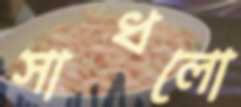
সাধলো